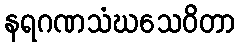
နရဂဏသံဃသေဝိတာ